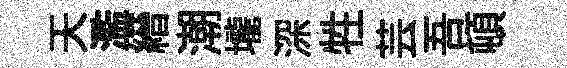
天濫縉潮壠深牲芸吾頓